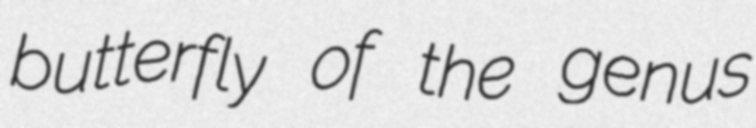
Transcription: butterfly of the genus